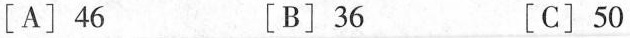
[A]46 [B]36 [C]50